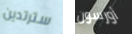
سترتدين أورسون